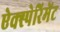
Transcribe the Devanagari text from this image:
ऐक्स्पेरिमेंट